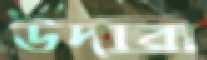
উদারা